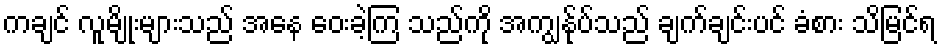
ကချင် လူမျိုးများသည် အနေ ဝေးခဲ့ကြ သည်ကို အကျွန်ုပ်သည် ချက်ချင်းပင် ခံစား သိမြင်ရ